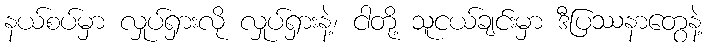
နယ်စပ်မှာ လှုပ်ရှားလို လှုပ်ရှားနဲ့၊ ငါတို့ သူငယ်ချင်းမှာ ဒီပြဿနာတွေနဲ့